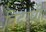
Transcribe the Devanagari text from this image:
विदग्धी